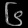
Digit: ၆